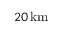
2 0 \, \mathrm { k m }